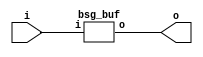


module top
(
  i,
  o
);

  input [31:0] i;
  output [31:0] o;

  bsg_buf
  wrapper
  (
    .i(i),
    .o(o)
  );


endmodule



module bsg_buf
(
  i,
  o
);

  input [31:0] i;
  output [31:0] o;
  wire [31:0] o;
  assign o[31] = i[31];
  assign o[30] = i[30];
  assign o[29] = i[29];
  assign o[28] = i[28];
  assign o[27] = i[27];
  assign o[26] = i[26];
  assign o[25] = i[25];
  assign o[24] = i[24];
  assign o[23] = i[23];
  assign o[22] = i[22];
  assign o[21] = i[21];
  assign o[20] = i[20];
  assign o[19] = i[19];
  assign o[18] = i[18];
  assign o[17] = i[17];
  assign o[16] = i[16];
  assign o[15] = i[15];
  assign o[14] = i[14];
  assign o[13] = i[13];
  assign o[12] = i[12];
  assign o[11] = i[11];
  assign o[10] = i[10];
  assign o[9] = i[9];
  assign o[8] = i[8];
  assign o[7] = i[7];
  assign o[6] = i[6];
  assign o[5] = i[5];
  assign o[4] = i[4];
  assign o[3] = i[3];
  assign o[2] = i[2];
  assign o[1] = i[1];
  assign o[0] = i[0];

endmodule